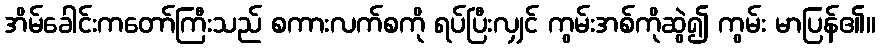
အိမ်ခေါင်းကတော်ကြီးသည် စကားလက်စကို ရပ်ပြီးလျှင် ကွမ်းအစ်ကိုဆွဲ၍ ကွမ်း မာပြန်၏။